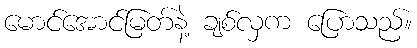
မောင်အောင်မြတ်နဲ့ ချစ်လှက ပြောသည်။